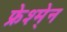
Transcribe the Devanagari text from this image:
फ्रेश्मे्न